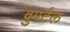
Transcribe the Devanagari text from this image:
वुपर्टल